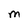
Character: M